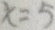
x = 5